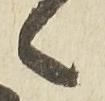
之